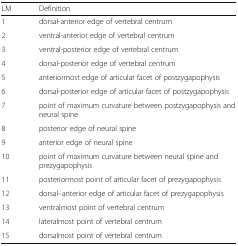
| LM | Definition |
 | --- | --- |
 | 1 | dorsal-anterior edge of vertebral centrum |
 | 2 | ventral-anterior edge of vertebral centrum |
 | 3 | ventral-posterior edge of vertebral centrum |
 | 4 | dorsal-posterior edge of vertebral centrum |
 | 5 | anteriormost edge of articular facet of postzygapophysis |
 | 6 | dorsal-posterior edge of articular facet of postzygapophysis |
 | 7 | point of maximum curvature between postzygapophysis and neural spine |
 | 8 | posterior edge of neural spine |
 | 9 | anterior edge of neural spine |
 | 10 | point of maximum curvature between neural spine and prezygapophysis |
 | 11 | posteriormost point of articular facet of prezygapophysis |
 | 12 | dorsal–anterior edge of articular facet of prezygapophysis |
 | 13 | ventralmost point of vertebral centrum |
 | 14 | lateralmost point of vertebral centrum |
 | 15 | dorsalmost point of vertebral centrum |